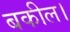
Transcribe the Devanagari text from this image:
बकील।